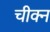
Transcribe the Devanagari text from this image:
चीक्न